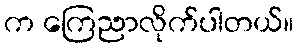
က ကြေညာလိုက်ပါတယ်။